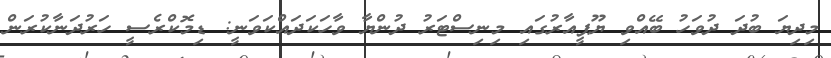
މިދިޔަ ބުދަ ދުވަހު ބޭއްވި ޔޫޕީއާރުގައި މިނިސްޓަރު ދުންޔާ ވާހަކަދައްކަވަނީ: ޑިމޮކްރެސީ ހަރުދަނާކުރަން